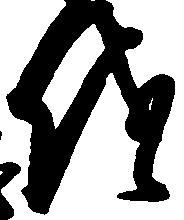
儀